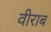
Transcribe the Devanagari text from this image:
वीराब